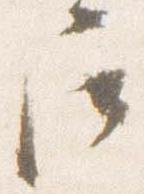
尼